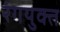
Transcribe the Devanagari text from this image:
रंगयुक्त